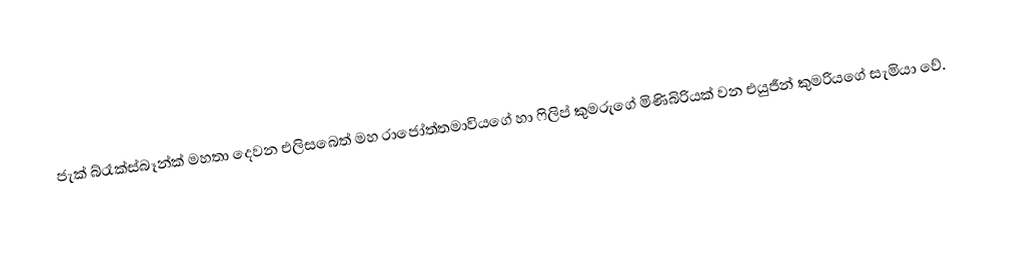
ජැක් බ්රෑක්ස්බෑන්ක් මහතා දෙවන එලිසබෙත් මහ රාජෝත්තමාවියගේ හා ෆිලිප් කුමරුගේ මිණිබිරියක් වන එයුජීන් කුමරියගේ සැමියා වේ.